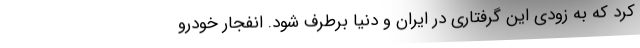
کرد که به زودی این گرفتاری در ایران و دنیا برطرف شود. انفجار خودرو